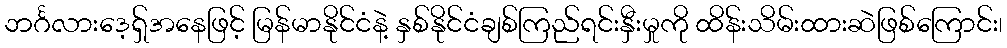
ဘင်္ဂလားဒေ့ရှ်အနေဖြင့် မြန်မာနိုင်ငံနဲ့ နှစ်နိုင်ငံချစ်ကြည်ရင်းနှီးမှုကို ထိန်းသိမ်းထားဆဲဖြစ်ကြောင်း၊